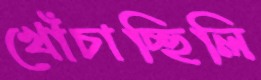
খোঁচাচ্ছিলি